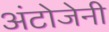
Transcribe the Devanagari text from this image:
अंटोजेनी